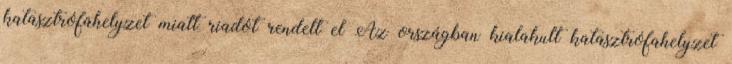
katasztrófahelyzet miatt riadót rendelt el Az országban kialakult katasztrófahelyzet